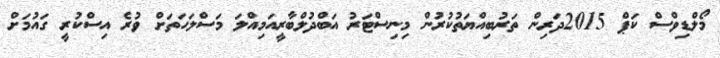
މޯލްޑިވްސް ކަޕް 2015ދަރިން ތަރުބިއްޔަތުކުރުން މިނިސްޓަރު އަބްދުލްބާރީއަމިއްލަ މަސްލަހަތަށް ވުރެ އިސްކުރީ ގައުމަށް